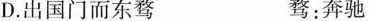
D.出国门而东骛 骛：奔驰